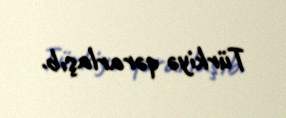
Türkiyə qərarlaşıb.